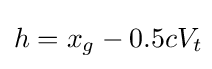
h=x_{g}-0.5cV_{t}\!